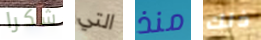
شكرا التي منذ ذلك